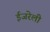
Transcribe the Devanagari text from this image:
ईजरेली